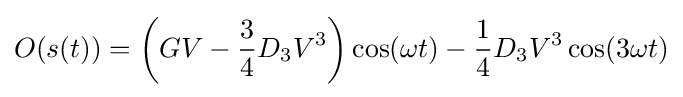
O(s(t))=\left(GV-{\frac {3}{4}}D_{3}V^{3}\right)\cos(\omega t)-{\frac {1}{4}}D_{3}V^{3}\cos(3\omega t)